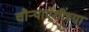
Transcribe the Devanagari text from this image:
चौऱ्याऐंशीच्या